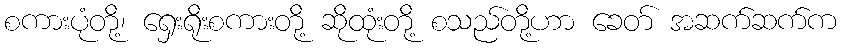
စကားပုံတို့၊ ရှေးရိုးစကားတို့ ဆိုထုံးတို့ စသည်တို့ဟာ ခေတ် အဆက်ဆက်က